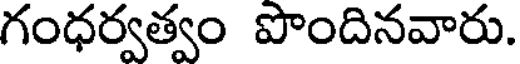
గంధర్వత్వం పొందినవారు.